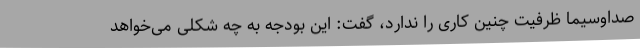
صداوسیما ظرفیت چنین کاری را ندارد، گفت: این بودجه به چه شکلی می‌خواهد